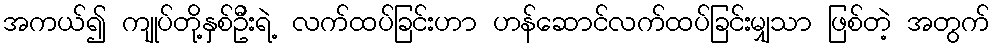
အကယ်၍ ကျုပ်တို့နှစ်ဦးရဲ့ လက်ထပ်ခြင်းဟာ ဟန်ဆောင်လက်ထပ်ခြင်းမျှသာ ဖြစ်တဲ့ အတွက်